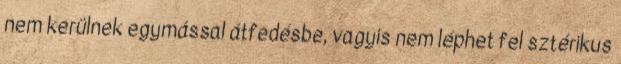
nem kerülnek egymással átfedésbe, vagyis nem léphet fel sztérikus